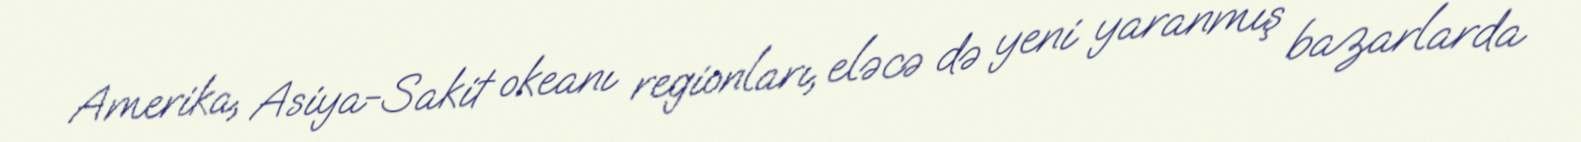
Amerika, Asiya-Sakit okeanı regionları, eləcə də yeni yaranmış bazarlarda